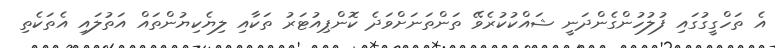
އެ ތަހްގީގުގައި ފުލުހުންގެންދަނީ ޝައްކުކުރެވޭ ތަންތަނަށްވަދެ ކޮންޕިއުޓަރު ތަކާއި ލިޔެކިޔުންތައް އަތުލައި އެތަކެތި